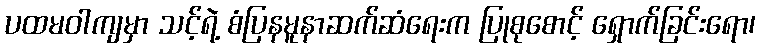
ပထမဝါကျမှာ သင့်ရဲ့ စံပြနမူနာဆက်ဆံရေးက ပြုစုစောင့် ရှောက်ခြင်းရော၊